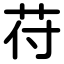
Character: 苻